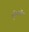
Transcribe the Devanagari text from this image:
पुष्टिमार्गीय।